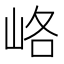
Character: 峈